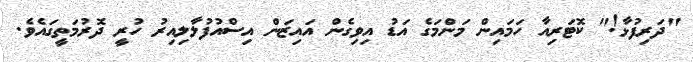
"ދަރިފުޅާ!" ކޮޓަރިއާ ހަމައިން މަންމަގެ އަޑު އިވިގެން އައިޒަން އިސްއުފުލާލިއިރު ހުރީ ދޮރުމަތީގައެވެ.